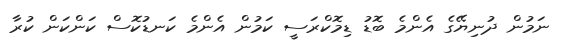
ނަމުން ދުނިޔޭގެ އެންމެ ބޮޑު ޑިމޮކްރަސީ ކަމުން އެންމެ ކަނޑުކޮސް ކަންކަން ކުރާ